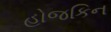
હોજકિન